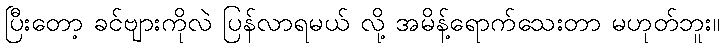
ပြီးတော့ ခင်ဗျားကိုလဲ ပြန်လာရမယ် လို့ အမိန့်ရောက်သေးတာ မဟုတ်ဘူး။